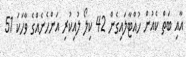
އާއި ބަތް ކެއުން ހުއްޓާލައިގެން 42 ކިލޯ ލުއިކުރި އަންހެނެއްގެ ވާހަކަ 51